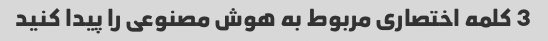
3 کلمه اختصاری مربوط به هوش مصنوعی را پیدا کنید